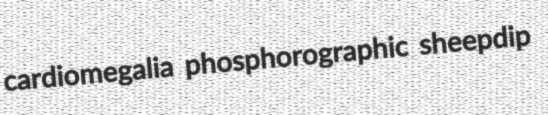
cardiomegalia phosphorographic sheepdip